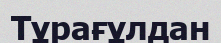
Тұрағұлдан